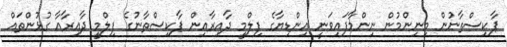
ޕާކިސްތާނުން މިނިންމުން ނިންމާފައިވަނީ އިންޑިޔާގެ ފިލްމީ ދާއިރާއިން ޕާކިސްތާނުގެ ފިލްމީ ދާއިރާއާ ގުޅުންތައް